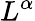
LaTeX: L^{\alpha}